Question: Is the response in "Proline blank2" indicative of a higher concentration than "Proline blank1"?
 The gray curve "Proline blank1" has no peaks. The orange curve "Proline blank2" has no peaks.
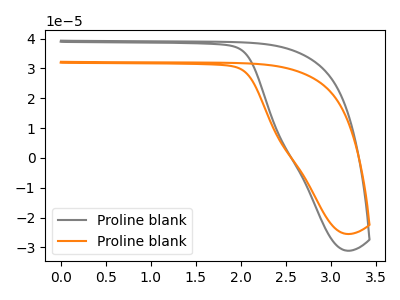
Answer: <think>Neither "Proline blank2" or "Proline blank1" have any peaks.
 </think>
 <answer>I cant tell if "Proline blank2" or "Proline blank1" has more signal.</answer>
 <eval>mixed_signal</eval>